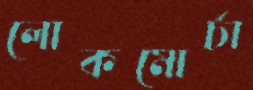
লোকমোর্চা